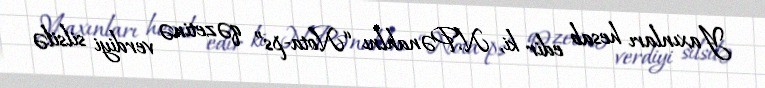
Yaxınları hesab edir ki, N.Pənahlnı “Nota-ps” qəzetinə verdiyi silsilə